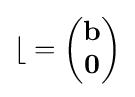
{\mathcal {b}}={\begin{pmatrix}\mathbf {b} \\{\boldsymbol {0}}\end{pmatrix}}